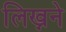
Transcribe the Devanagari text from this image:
लिख्नने